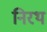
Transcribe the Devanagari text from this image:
निरथ